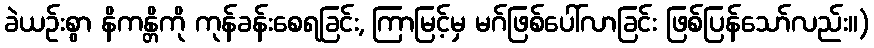
ခဲယဉ်းစွာ နိကန္တိကို ကုန်ခန်းစေရခြင်း, ကြာမြင့်မှ မဂ်ဖြစ်ပေါ်လာခြင်း ဖြစ်ပြန်သော်လည်း။)